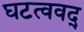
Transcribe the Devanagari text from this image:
घटत्ववद्